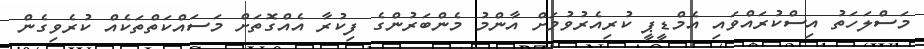
މަސްލަހަތު އިސްކުރައްވައި އެމްޑީޕީ ކުރިއެރުވުމަށް އާންމު މެންބަރުންގެ ފިކުރާ އެއްގޮތަށް މަސައްކަތްތަކެއް ކުރެވިގެން